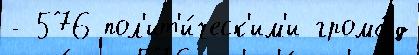
- 576 пол'ит'и́ческ'им'и грома́д